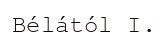
Bélától I.